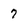
Character: 7